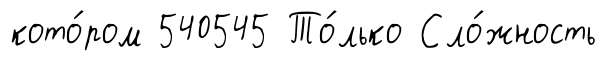
кото́ром 540545 То́лько Сло́жность